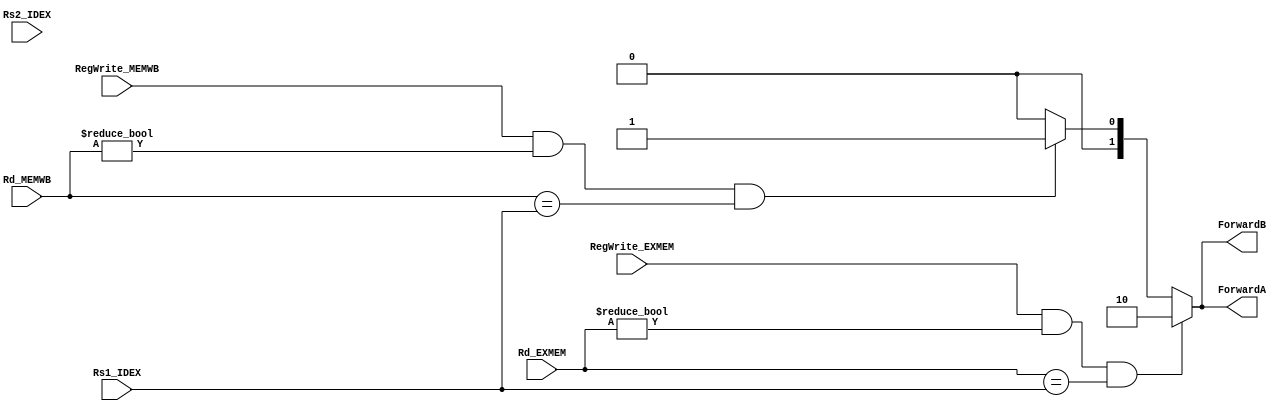
`timescale 1ns / 1ps
//////////////////////////////////////////////////////////////////////////////////
// Company: 
// Engineer: 
// 
// Design Name: 
// Module Name: Forwarding_Unit
// Project Name: 
// Target Devices: 
// Tool Versions: 
// Description: 
// 
// Dependencies: 
// 
// Revision:
// Revision 0.01 - File Created
// Additional Comments:
// 
//////////////////////////////////////////////////////////////////////////////////
module Forwarding_Unit
  (
    // Inputs to the module
    input [4:0] Rs1_IDEX,     // Value of the first source register from the IDEX pipeline stage
    input [4:0] Rs2_IDEX,     // Value of the second source register from the IDEX pipeline stage
    input [4:0] Rd_EXMEM,     // Value of the destination register from the EXMEM pipeline stage
    input [4:0] Rd_MEMWB,     // Value of the destination register from the MEMWB pipeline stage
    input RegWrite_EXMEM,     // Flag indicating whether the EXMEM pipeline stage should write to a register
    input RegWrite_MEMWB,     // Flag indicating whether the MEMWB pipeline stage should write to a register
    // Outputs from the module
    output reg [1:0] ForwardA,  // Signals indicating how to forward data from the EXMEM and MEMWB pipeline stages to the ID stage
//for the first source register
    output reg [1:0] ForwardB   // Signals indicating how to forward data from the EXMEM and MEMWB pipeline stages to the ID stage
//for the second source register
  );
  
  // Use an always block to update the outputs based on the inputs
  always @ (*)
  begin
    // Determine whether data should be forwarded from the EXMEM pipeline stage to the ID stage for the first source register
    if (RegWrite_EXMEM && Rd_EXMEM != 5'b0 && Rd_EXMEM == Rs1_IDEX)
        ForwardA = 2'b10;
    // Determine whether data should be forwarded from the MEMWB pipeline stage to the ID stage for the first source register
    else if (RegWrite_MEMWB && Rd_MEMWB != 5'b0 &&  Rd_MEMWB == Rs1_IDEX)
       ForwardA = 2'b01;
    // If no forwarding is required, set the signal to zero
    else 
      ForwardA = 2'b00; 
    
    // Determine whether data should be forwarded from the EXMEM pipeline stage to the ID stage for the second source register
   if (RegWrite_EXMEM && Rd_EXMEM != 5'b0 && Rd_EXMEM == Rs1_IDEX)
        ForwardB = 2'b10;
    // Determine whether data should be forwarded from the MEMWB pipeline stage to the ID stage for the second source register
    else if (RegWrite_MEMWB && Rd_MEMWB != 5'b0 &&  Rd_MEMWB == Rs1_IDEX)
       ForwardB = 2'b01;
    // If no forwarding is required, set the signal to zero
    else 
      ForwardB = 2'b00; 
  end
endmodule